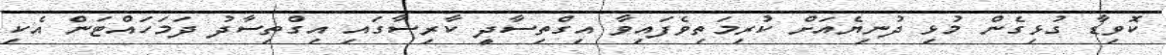
ކޮވިޑާ ގުޅިގެން މުުޅި ދުނިޔެއަށް ކުރިމަތިވެފައިވާ އިގްތިސާދީ ކާރިސާގައި އިގްތިސާދު ދަމަހައްޓަން އެކި